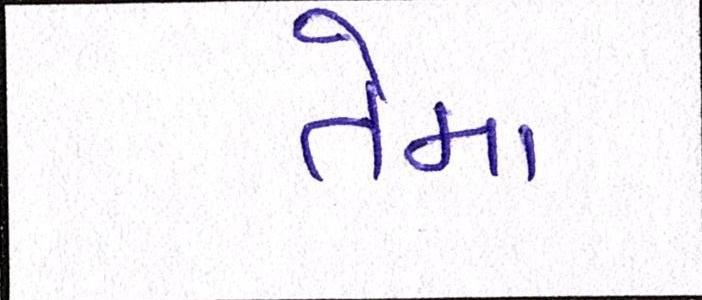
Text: તેમા